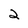
Character: 2